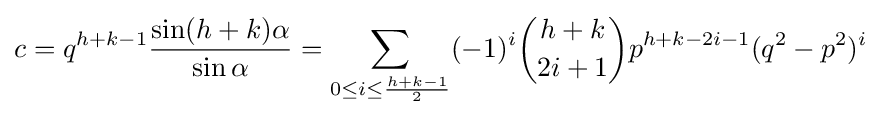
c=q^{h+k-1}{\frac {\sin(h+k)\alpha }{\sin \alpha }}=\sum _{0\leq i\leq {\frac {h+k-1}{2}}}(-1)^{i}{\binom {h+k}{2i+1}}p^{h+k-2i-1}(q^{2}-p^{2})^{i}